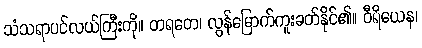
သံသရာပင်လယ်ကြီးကို။ တရတေ၊ လွန်မြောက်ကူးခတ်နိုင်၏။ ဝီရိယေန၊